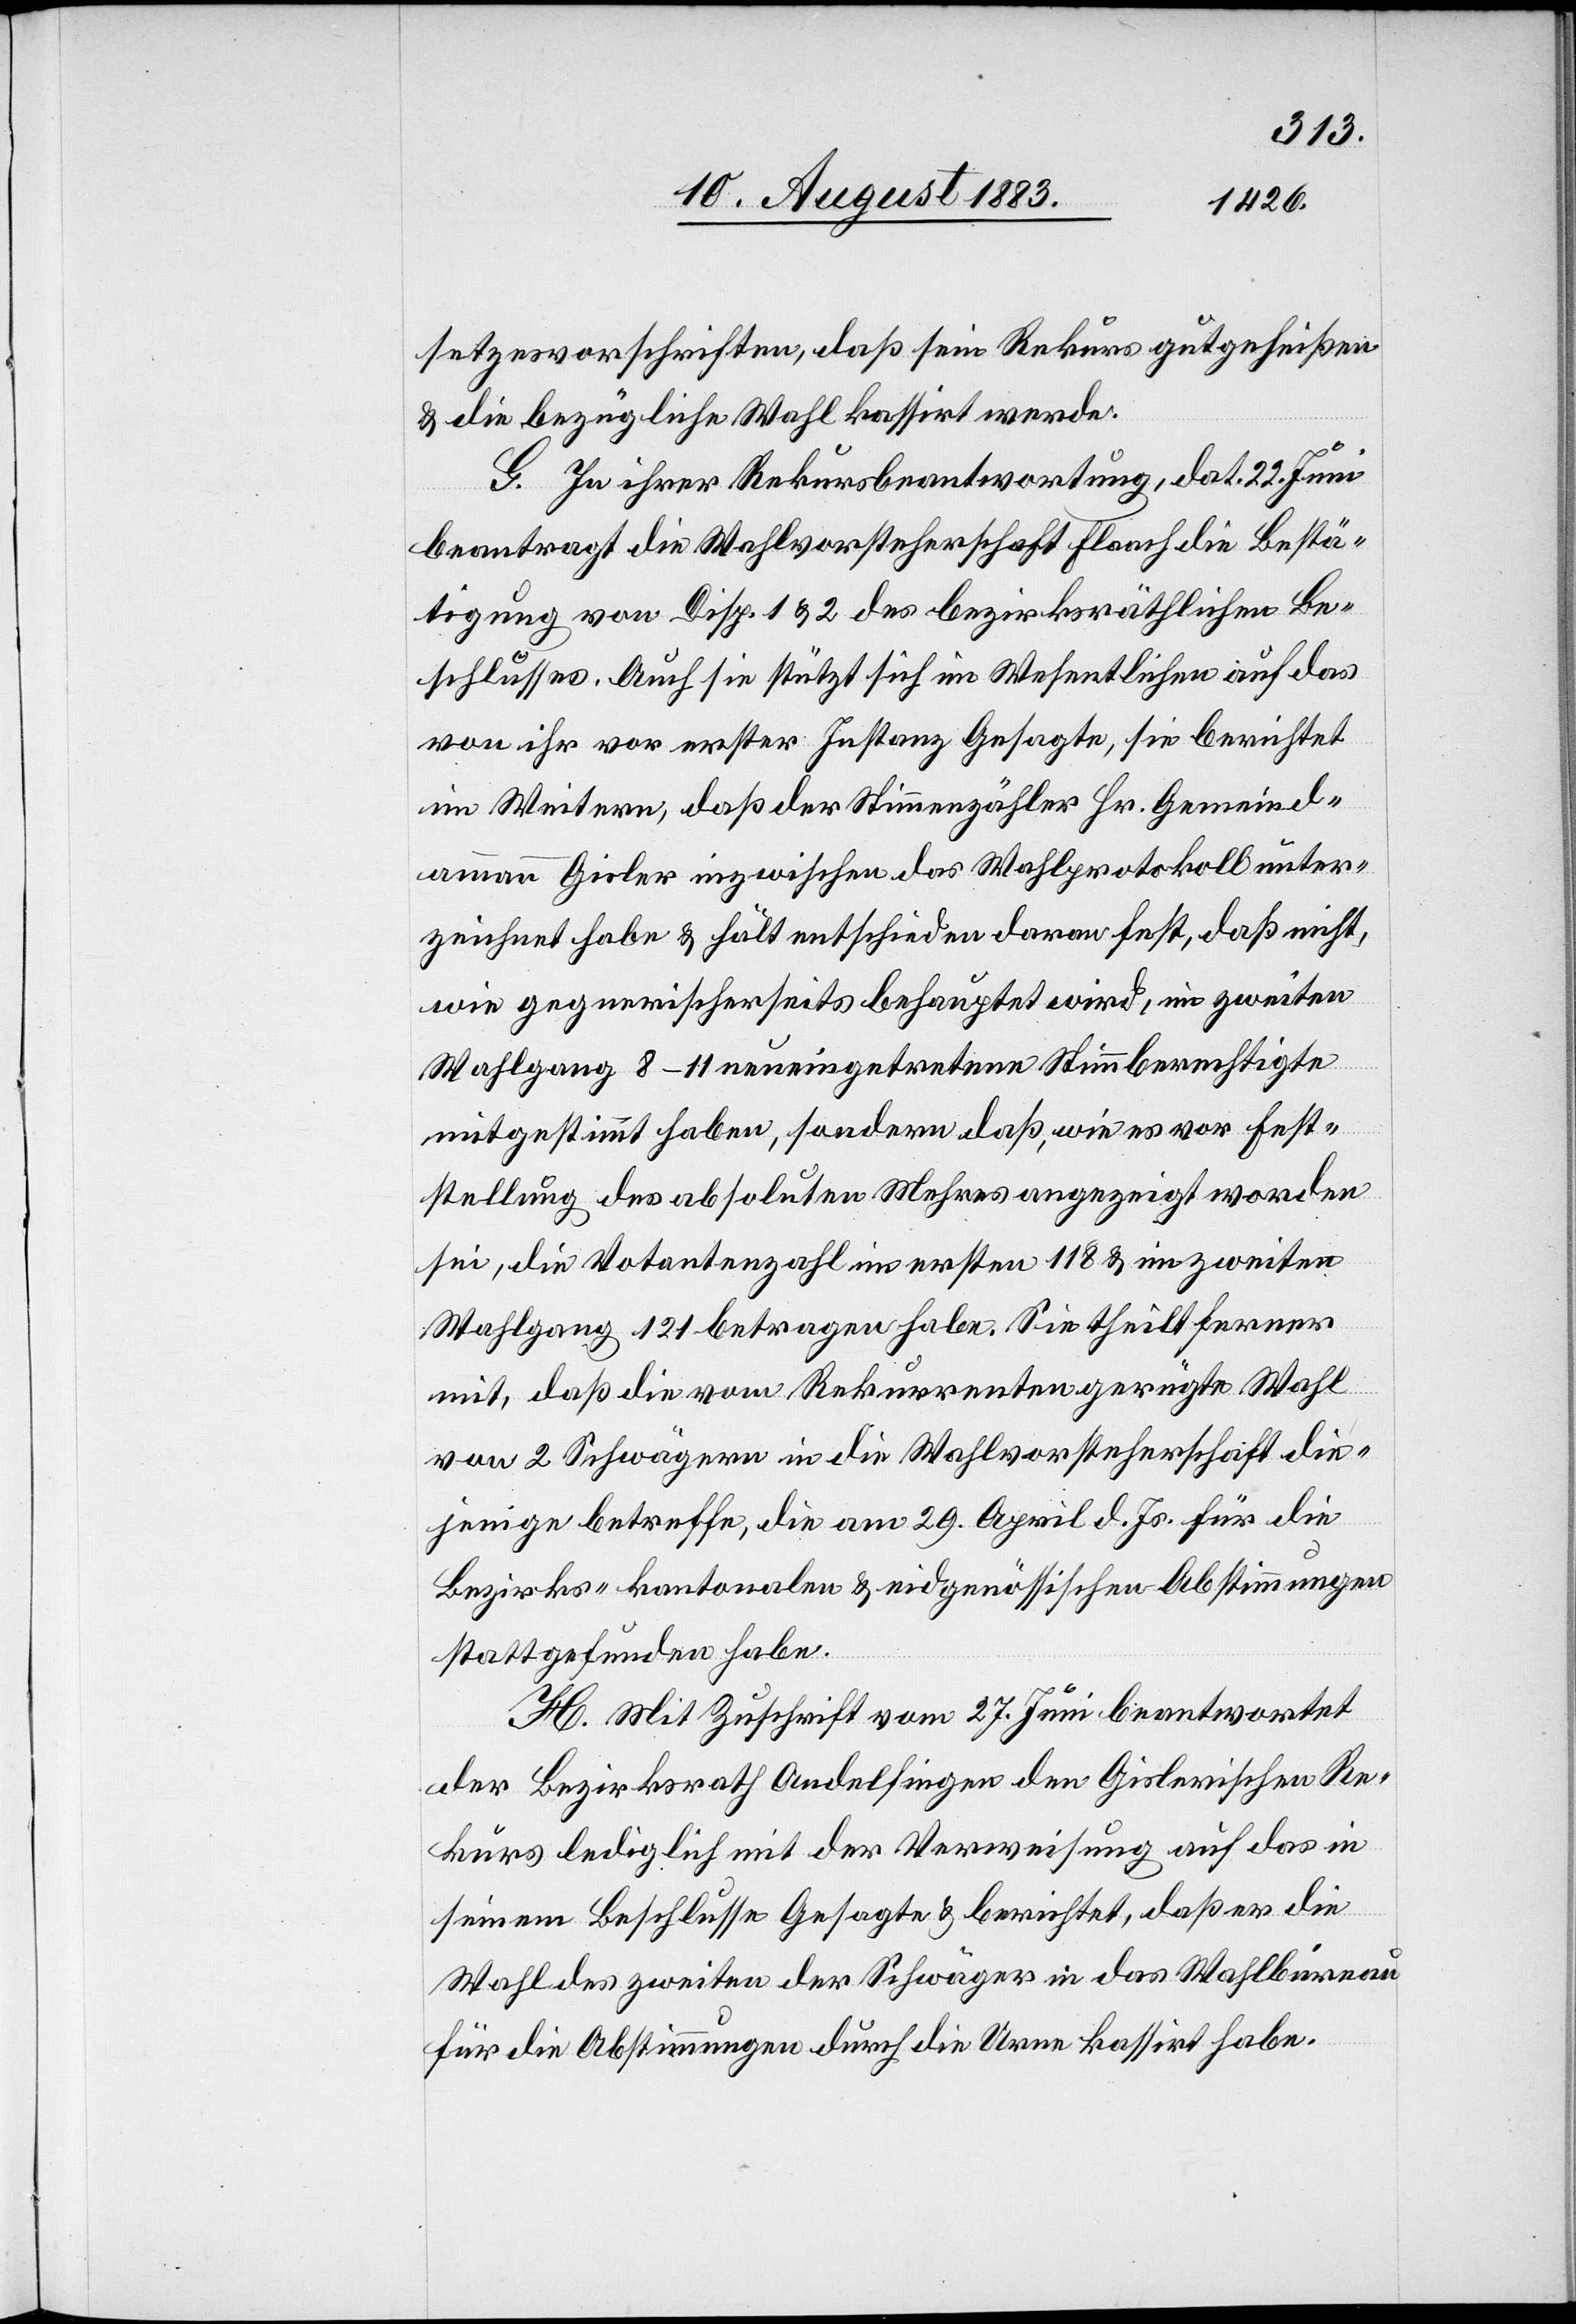
setzesvorschriften, daß sein Rekurs gutgeheißen
& die bezügliche Wahl kassirt werde.
G. In ihrer Rekursbeantwortung, dat. 22. Juni
beantragt die Wahlvorsteherschaft Flaach die Bestä¬
tigung von Disp. 1 & 2 des bezirksräthlichen Be¬
schlusses. Auch sie stützt sich im Wesentlichen auf das
von ihr vor erster Instanz Gesagte, sie berichtet
im Weitern, daß der Stimmenzähler Hr. Gemeind¬
ammann Gisler inzwischen das Wahlprotokoll unter¬
zeichnet habe & hält entschieden daran fest, daß nicht,
wie gegnerischerseits behauptet wird, im zweiten
Wahlgang 8–11 neueingetretene Stimmberechtigte
mitgestimmt haben, sondern daß, wie es vor Fest¬
stellung des absoluten Mehres angezeigt worden
sei, die Votantenzahl im ersten 118 & im zweiten
Wahlgang 121 betragen habe. Sie theilt ferner
mit, daß die vom Rekurrenten gerügte Wahl
von 2 Schwägern in die Wahlvorsteherschaft die¬
jenige betreffe, die am 29. April d. Js. für die
Bezirks-[,] kantonalen & eidgenössischen Abstimmungen
stattgefunden habe.
H. Mit Zuschrift vom 27. Juni beantwortet
der Bezirksrath Andelfingen den Gislerischen Re¬
kurs lediglich mit der Verweisung auf das in
seinem Beschlusse Gesagte & berichtet, daß er die
Wahl des zweiten der Schwäger in das Wahlbureau
für die Abstimmungen durch die Urne kassirt habe.